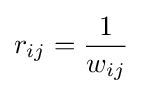
r_{ij}={\frac {1}{w_{ij}}}